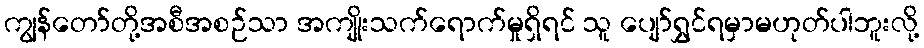
ကျွန်တော်တို့အစီအစဉ်သာ အကျိုးသက်ရောက်မှုရှိရင် သူ ပျော်ရွှင်ရမှာမဟုတ်ပါဘူးလို့